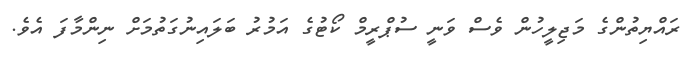
ރައްޔިތުންގެ މަޖިލީހުން ވެސް ވަނީ ސުޕްރީމް ކޯޓުގެ އަމުރު ބަލައިނުގަތުމަށް ނިންމާފަ އެވެ.